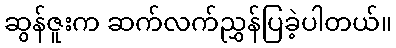
ဆွန်ဇူးက ဆက်လက်ညွှန်ပြခဲ့ပါတယ်။